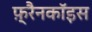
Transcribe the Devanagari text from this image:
फ़्रैनकॉइस